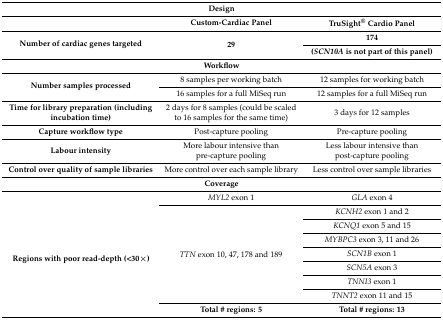
| <COLSPAN=3> Design |
 |  | Custom-Cardiac Panel | TruSight® Cardio Panel |
 | <ROWSPAN=2> Number of cardiac genes targeted | <ROWSPAN=2> 29 | 174 |
 | (SCN10A is not part of this panel) |
 | --- | --- | --- |
 | <COLSPAN=3> Workflow |
 | <ROWSPAN=2> Number samples processed | 8 samples per working batch | 12 samples for working batch |
 | 16 samples for a full MiSeq run | 12 samples for a full MiSeq run |
 | Time for library preparation (including incubation time) | 2 days for 8 samples (could be scaled to 16 samples for the same time) | 3 days for 12 samples |
 | Capture workflow type | Post-capture pooling | Pre-capture pooling |
 | Labour intensity | More labour intensive than pre-capture pooling | Less labour intensive than post-capture pooling |
 | Control over quality of sample libraries | More control over each sample library | Less control over sample libraries |
 | <COLSPAN=3> Coverage |
 | <ROWSPAN=9> Regions with poor read-depth (<30×) | MYL2 exon 1 | GLA exon 4 |
 | <ROWSPAN=7> TTN exon 10, 47, 178 and 189 | KCNH2 exon 1 and 2 |
 | KCNQ1 exon 5 and 15 |
 | MYBPC3 exon 3, 11 and 26 |
 | SCN1B exon 1 |
 | SCN5A exon 3 |
 | TNNI3 exon 1 |
 | TNNT2 exon 11 and 15 |
 | Total # regions: 5 | Total # regions: 13 |